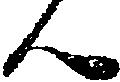
ん